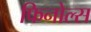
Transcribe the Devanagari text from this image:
फिनोल्स